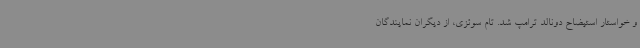
و خواستار استیضاح دونالد ترامپ شد. تام سوئزی، از دیگران نمایندگان